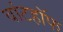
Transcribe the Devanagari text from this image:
वांटहॉफ